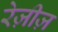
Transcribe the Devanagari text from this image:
रेज़ीज़